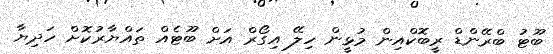
ބޫޓު ބްރޭންޑް ރީބޮކްއިން މުޅީން ހިލޭ އިގޯރް އަށް ބޫޓެއް ތައްޔާރުކޮށް ހަދިޔާ